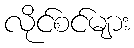
လိုင်စင်များ